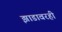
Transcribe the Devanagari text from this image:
झाडावरही